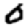
Digit: 0